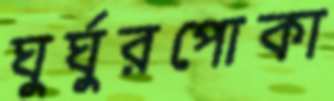
ঘুর্ঘুরপোকা